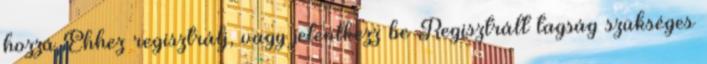
hozzá Ehhez regisztrálj, vagy jelentkezz be Regisztrált tagság szükséges